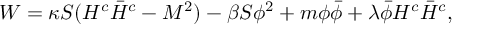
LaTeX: W = \kappa S ( H ^ { c } \bar { H } ^ { c } - M ^ { 2 } ) - \beta S \phi ^ { 2 } + m \phi \bar { \phi } + \lambda \bar { \phi } H ^ { c } \bar { H } ^ { c } ,